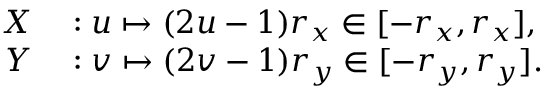
\begin{array} { r l } { X } & { { } : u \mapsto ( 2 u - 1 ) r _ { x } \in [ - r _ { x } , r _ { x } ] , } \\ { Y } & { { } : v \mapsto ( 2 v - 1 ) r _ { y } \in [ - r _ { y } , r _ { y } ] . } \end{array}